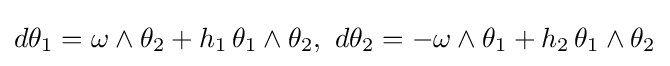
d\theta _{1}=\omega \wedge \theta _{2}+h_{1}\,\theta _{1}\wedge \theta _{2},\,\,d\theta _{2}=-\omega \wedge \theta _{1}+h_{2}\,\theta _{1}\wedge \theta _{2}